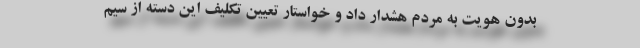
بدون هویت به مردم هشدار داد و خواستار تعیین تکلیف این دسته از سیم